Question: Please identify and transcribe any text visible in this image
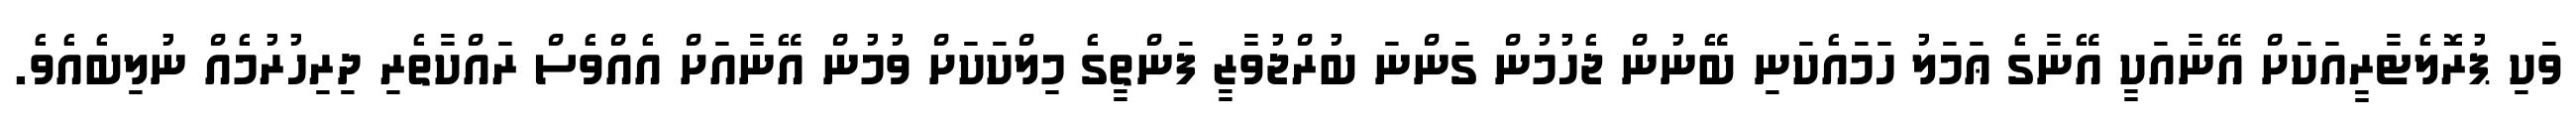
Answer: ވަކި ޕުރޮލެޓާރީއަކަށް އޭނާއަކީ އޭނާގެ ޢަމަލު ހަމައެކަނި ބޭނުން ޖެހުމުން ގަންނަ ބުރްޖުވާޒީ ފަންތީގެ މިލްކަކަށް ވުމުން އޭނާއަށް އެއްވެސް ރައްކާތެރި ދިރިހުރުމެއް ނުލިބެއެވެ.